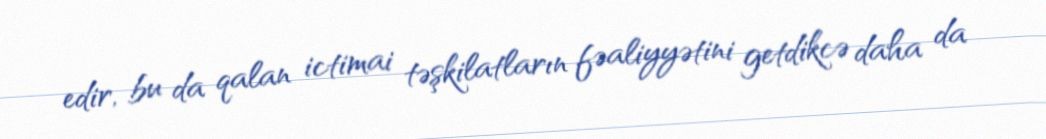
edir, bu da qalan ictimai təşkilatların fəaliyyətini getdikcə daha da